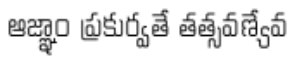
ఆజ్ఞాం ప్రకుర్వతే తత్సవణ్యేవ